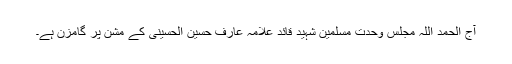
آج الحمد اللہ مجلس وحدت مسلمین شہید قائد علامہ عارف حسین الحسینی کے مشن پر گامزن ہے۔